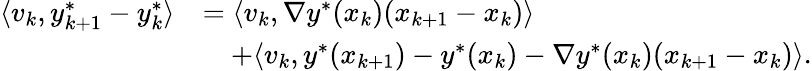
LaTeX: \begin{array}{rl}{\langle v_{k},y_{k+1}^{*}-y_{k}^{*}\rangle}&{=\langle v_{k},\nabla y^{*}(x_{k})(x_{k+1}-x_{k})\rangle}\\ &{\quad+\langle v_{k},y^{*}(x_{k+1})-y^{*}(x_{k})-\nabla y^{*}(x_{k})(x_{k+1}-x_{k})\rangle.}\end{array}